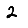
Digit: 2